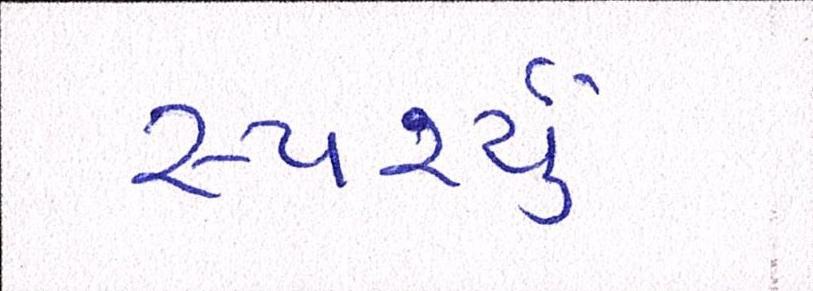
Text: સ્પર્શ્યું